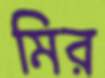
মির